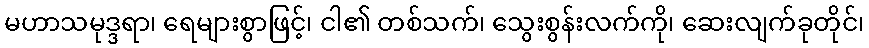
မဟာသမုဒ္ဒရာ၊ ရေများစွာဖြင့်၊ ငါ၏ တစ်သက်၊ သွေးစွန်းလက်ကို၊ ဆေးလျက်ခုတိုင်၊